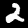
Digit: 2